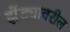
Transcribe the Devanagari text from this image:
झेंड्यावरील